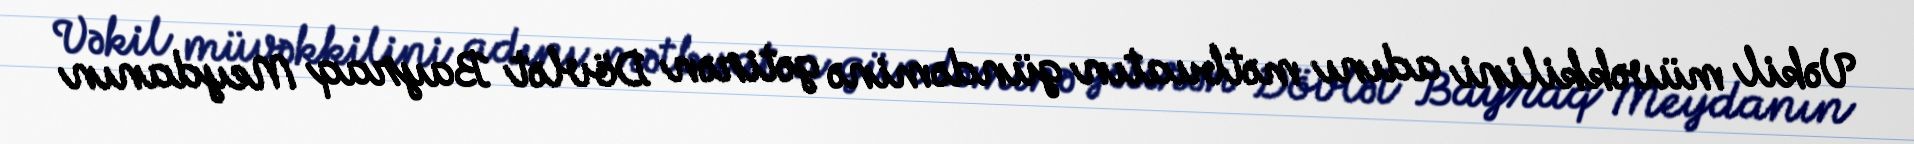
Vəkil müvəkkilini adını mətbuatın gündəminə gətirən Dövlət Bayraq Meydanın